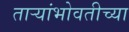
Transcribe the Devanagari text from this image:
ताऱ्यांभोवतीच्या